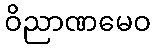
ဝိညာဏမေဝ